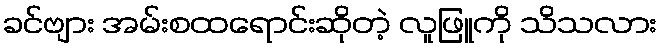
ခင်ဗျား အမ်းစထရောင်းဆိုတဲ့ လူဖြူကို သိသလား